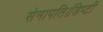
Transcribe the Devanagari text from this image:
सेनापति।डिप्टी